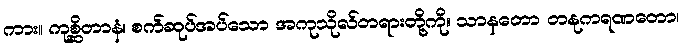
ကား။ ကုစ္ဆိတာနံ၊ စက်ဆုပ်အပ်သော အကုသိုလ်တရားတို့ကို။ သာနတော တနုကရဏတော၊